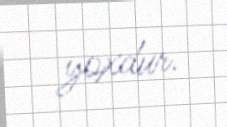
yoxdur.